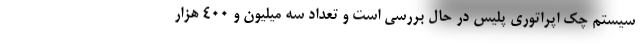
سیستم چک اپراتوری پلیس در حال بررسی است و تعداد سه میلیون و ۴۰۰ هزار